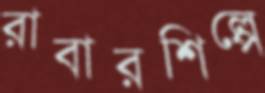
রাবারশিল্পে